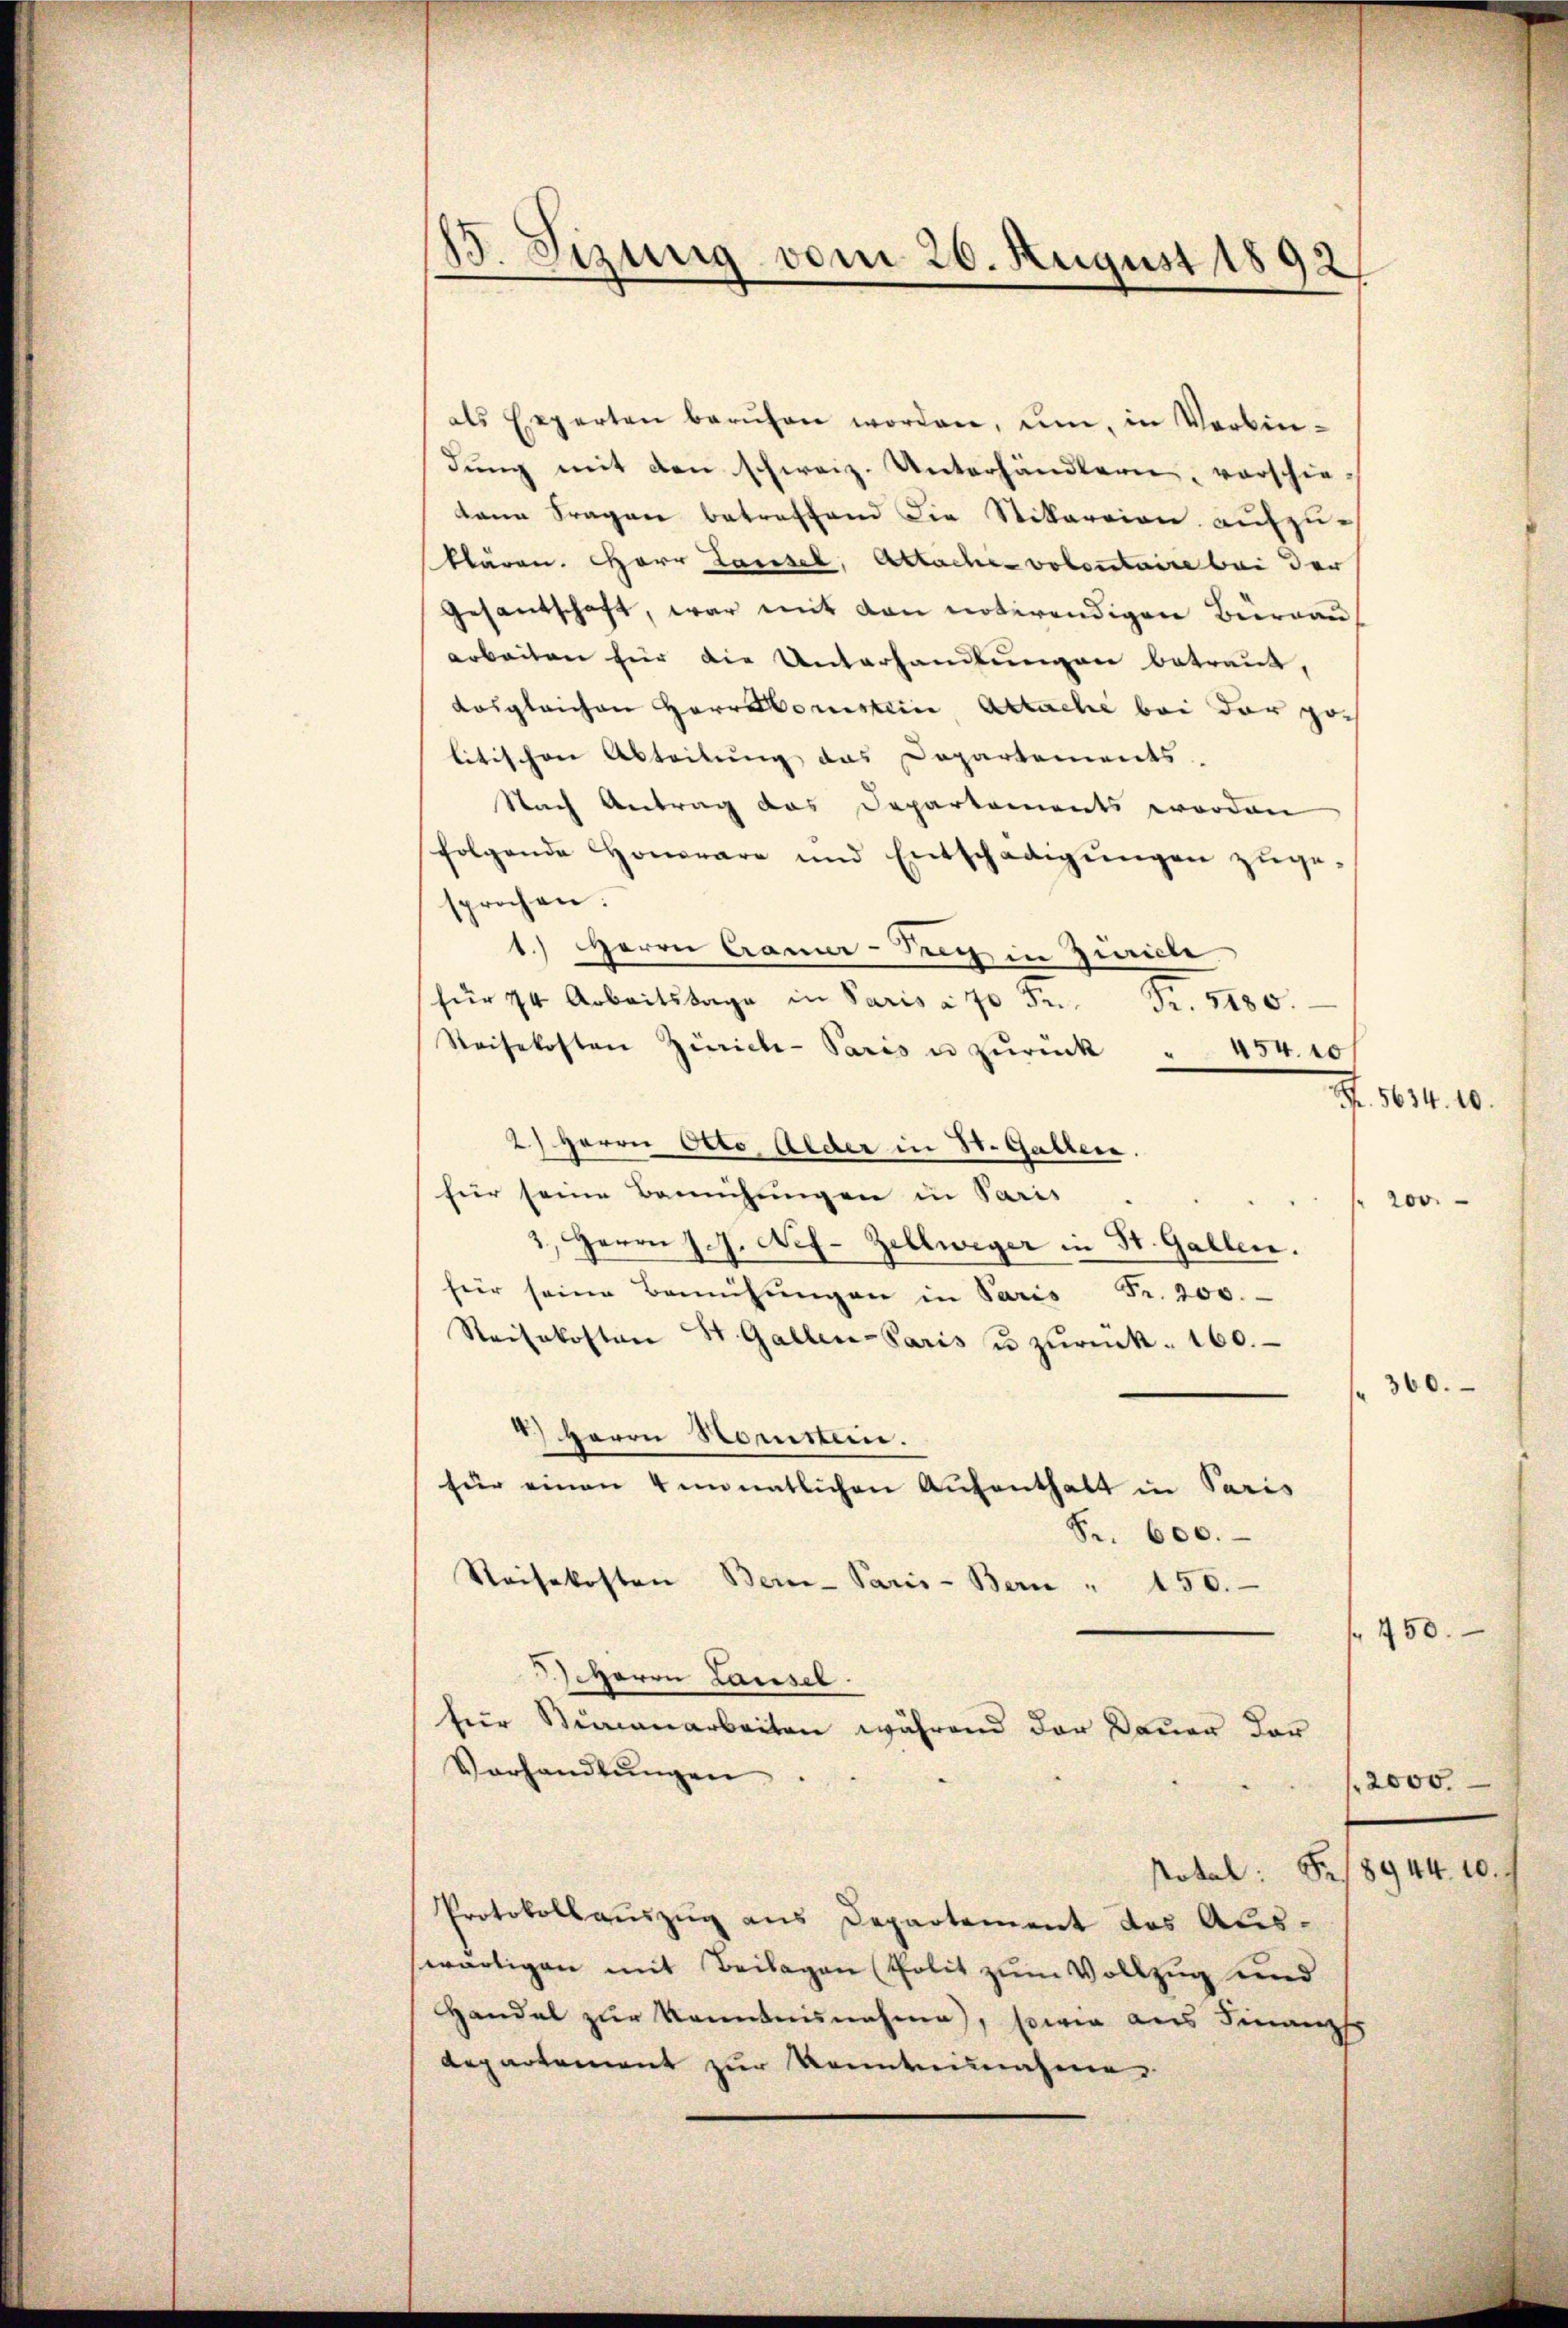
15. Jizung vom 20. August 1892

als Experten berŭfen worden, um, in Verbin-
dŭng mit den schweiz. Unterhändlern, vorschie-
kann Fragen betreffend die Stikareien aufzu-
klären. Herr Lausel, Atlache volentaire bei der
Gesantschaft, war mit den notirendigen Burgau
arbeiten für die Unterhandlungen betraut,
desgleichen Herr Constein Actache bei der politischen Abteilung das Departements
Nach Antrag das Departements worden
folgende Honorare und Entschädigŭngen zŭge-
sprochen.
1.) Herrn Cramer-Krey in Zuricle
für 14 Arbeitstage in Paris a 70 Fr. Fr. 5180.
Reisekosten Zürich-Paris u zŭrück " 454. 10/
2) Herrn Otto, Alder in St. Gallen.
für seine Bemühungen in Paris
" 200.
3., Herrn J. J. Nef- Zellweger in St. Gallen.
für seine Bemühŭngen in Paris Fr. 200.
Reisekosten St. Gallen-Paris u zŭrück. 160.
360.
4.) Herrn Horsten.
für einen 4 unnatlichen Aufenthalt in Paris
S. 600.
Reisekosten Berne-Paris-Bern " 150.
450.
HHerrn Lausel
für Sumanarbeiten während der Dauer dar
Vorhandlŭngen
2000.
§8944. 10.
Notal:
Protokollauszug aus Departement des Auswärtigen mit Beilagen Polit zum Vollzug und
Handel zur Kenntnisnahme, sowie aus Finanzsc
Repartement zur Kenntnisnahme

Fr. 5634. 10.